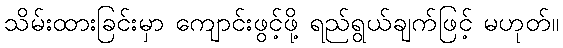
သိမ်းထားခြင်းမှာ ကျောင်းဖွင့်ဖို့ ရည်ရွယ်ချက်ဖြင့် မဟုတ်။